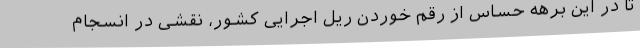
تا در این برهه حساس از رقم خوردن ریل اجرایی کشور، نقشی در انسجام